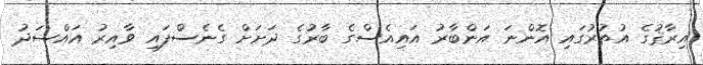
އިރާޤުގެ އުތުރުގައި އޮންނަ އަންބާރު އައިއެސްގެ ބާރުގެ ދަށަށް ގެނެސްފައި ވާއިރު އައްސަދު